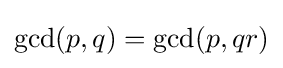
\gcd(p,q)=\gcd(p,qr)